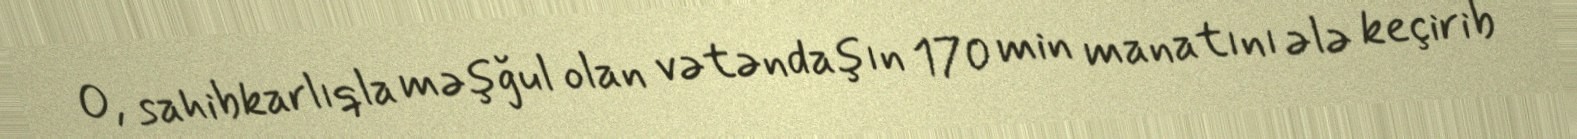
O, sahibkarlıqla məşğul olan vətəndaşın 170 min manatını ələ keçirib